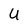
Character: U